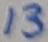
Text: 13